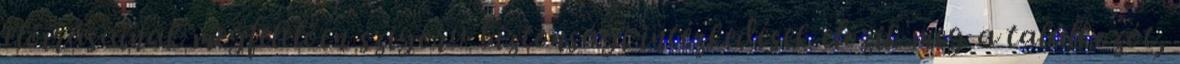
előírásainak megfelelően szigorú biztonsági intézkedések előzik meg a találkozót,